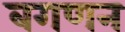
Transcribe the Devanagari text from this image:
बगणन